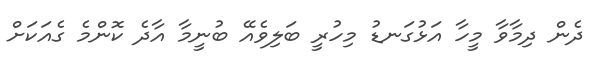
ދެން ދިމާވާ މީހާ އަޅުގަނޑު މިހުރީ ބަލިވެއޭ ބުނީމާ އާދެ ކޮންމެ ގެއަކަށް